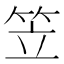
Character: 笠